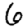
Digit: 6